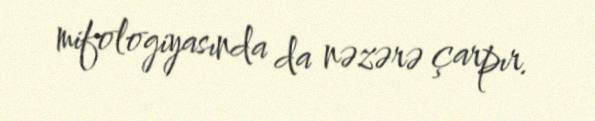
mifologiyasında da nəzərə çarpır.